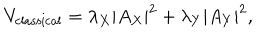
LaTeX: V _ { \mathrm { c l a s s i c a l } } = \lambda _ { X } | A _ { X } | ^ { 2 } + \lambda _ { Y } | A _ { Y } | ^ { 2 } ,